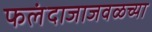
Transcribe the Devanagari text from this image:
फलंदाजाजवळच्या